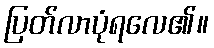
ပြတ်လာပုံရလေ၏။